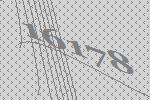
16178